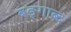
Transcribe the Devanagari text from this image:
बङ्गाब्द